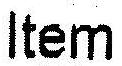
ITEM